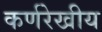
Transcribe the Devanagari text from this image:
कर्णरेखीय